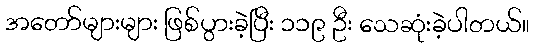
အတော်များများ ဖြစ်ပွားခဲ့ပြီး ၁၁၉ ဦး သေဆုံးခဲ့ပါတယ်။